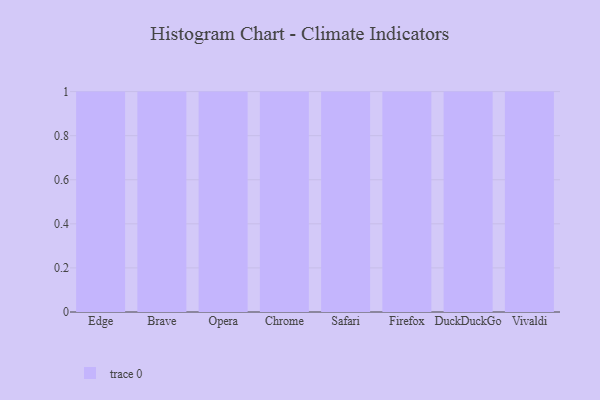
{"axis": {"x": "Browser", "y": "Net Income (USD K)"}, "legend": [""], "data": [{"x": "Edge", "y": 68, "type": ""}, {"x": "Brave", "y": 91, "type": ""}, {"x": "Opera", "y": 10, "type": ""}, {"x": "Chrome", "y": 84, "type": ""}, {"x": "Safari", "y": 1, "type": ""}, {"x": "Firefox", "y": 85, "type": ""}, {"x": "DuckDuckGo", "y": 28, "type": ""}, {"x": "Vivaldi", "y": 21, "type": ""}]}